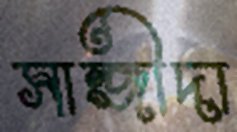
সান্জীদা